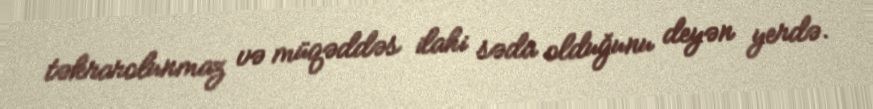
təkrarolunmaz və müqəddəs ilahi səda olduğunu deyən yerdə.